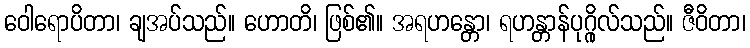
ဝေါရောပိတာ၊ ချအပ်သည်။ ဟောတိ၊ ဖြစ်၏။ အရဟန္တော၊ ရဟန္တာန်ပုဂ္ဂိုလ်သည်။ ဇီဝိတာ၊